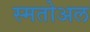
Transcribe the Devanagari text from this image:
स्मतोअल